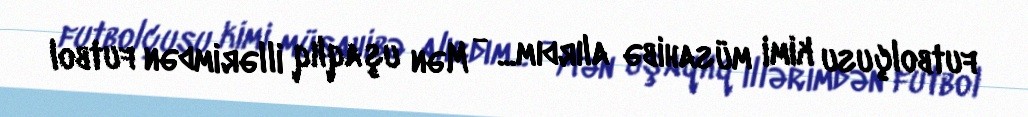
futbolçusu kimi müsahibə alırdım... - Mən uşaqlıq illərimdən futbol